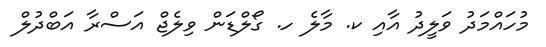
މުހައްމަދު ވަލީދު އާއި ކ. މާލެ ހ. ގޯލްޑަން ވިލެޖް އަސްރާ އަބްދުލް